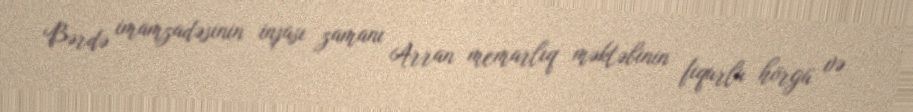
Bərdə imamzadəsinin inşası zamanı Arran memarlıq məktəbinin fiqurlu hörgü və